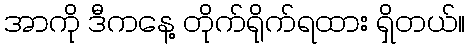
အာကို ဒီကနေ့ တိုက်ရိုက်ရထား ရှိတယ်။